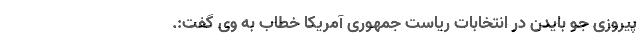
پیروزی جو بایدن در انتخابات ریاست جمهوری آمریکا خطاب به وی گفت:.